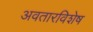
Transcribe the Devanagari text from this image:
अवतारविशेष